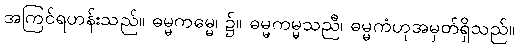
အကြင်ရဟန်းသည်။ ဓမ္မကမ္မေ၊ ၌။ ဓမ္မကမ္မသညီ၊ ဓမ္မကံဟုအမှတ်ရှိသည်။